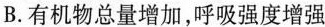
B.有机物总量增加，呼吸强度增强